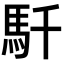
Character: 𩡴